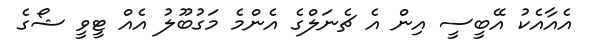
އެއާއެކު އޭބީސީ އިން އެ ޗެނަލްގެ އެންމެ މަގުބޫލު އެއް ޓީވީ ޝޯގެ